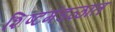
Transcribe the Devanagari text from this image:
शिष्टमंडळात